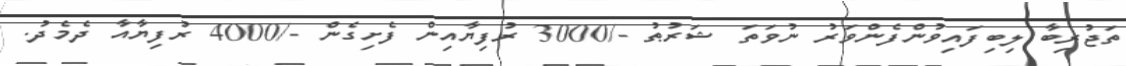
ތަޖުރިބާ ލިބިފައިވުންފެންވަރު ނުވަތަ ޝަރުޠު -/3000 ރުފިޔާއިން ފެށިގެން -/4000 ރުފިޔާއާ ދެމެދު.